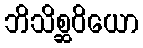
ဘိသိစ္ဆဝိယော